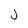
Character: J